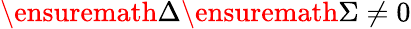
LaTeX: \ensuremath{\Delta}\ensuremath{\Sigma}\neq 0